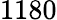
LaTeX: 1180